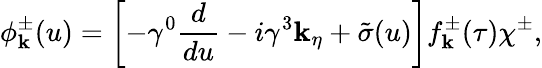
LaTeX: \phi_{{\mathbf{k}}}^{\pm}(u)=\left[-\gamma^{0}{\frac{{d}}{{du}}}-i{\gamma^{3}}\mathbf{k}_{\eta}+{\tilde{{\sigma}}}(u)\right]f_{\mathbf{k}}^{\pm}(\tau)\chi^{\pm},